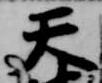
天